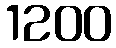
1200